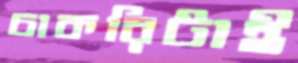
চাকরিটাই